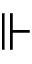
\Vdash